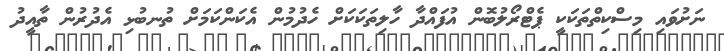
ނަށުވައި މިސްކިތްތަކަކީ ޕެޓްރޯލުބޮން އުފައްދާ ހާލިތަކަކަށް ހެދުމުން އެކަންކަމަށް ތުނބުޅި އެދުރުން ތާއީދު